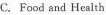
C. Food and Health